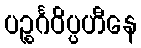
ပဉ္စင်္ဂဝိပ္ပဟီနေ